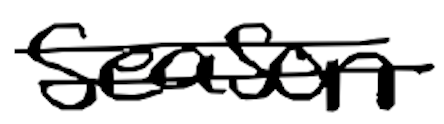
Text: season
Cross-out: double-line
Writing tool: digital_black